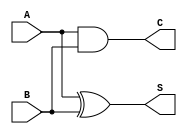
module HalfAdder(A,B,S,C
);
input A,B;
output S,C;
assign S = A ^ B;
assign C = A & B;
endmodule

module FullAdder( a,b ,cin,s,cout
    );
input a,b,cin;
output s,cout;
wire I1,I2,I3;
HalfAdder HA1(a,b,I1,I2);
HalfAdder HA2(I1,cin,s,I3);
assign cout = I2 || I3;
endmodule